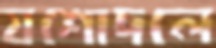
যশোদলে